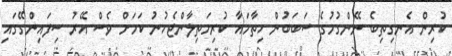
ކުރިން އެނގިތިބެ ނޭންގުމުގެ ސަބަބުން ހިތާމައާ ކުރިމަތިލާންޖެހުނު ކަމަށް ވެސް އޭރު ސިފައިންގޭގައި